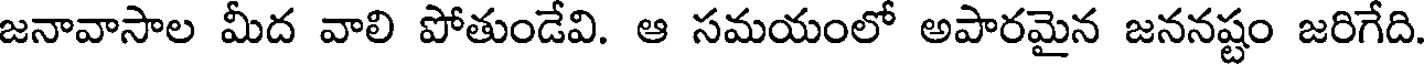
జనావాసాల మీద వాలి పోతుండేవి. ఆ సమయంలో అపారమైన జననష్టం జరిగేది